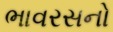
ભાવરસનો